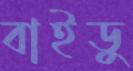
বাইডু